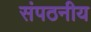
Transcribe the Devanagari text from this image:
संपठनीय